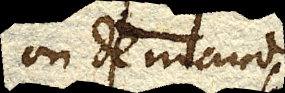
on demande